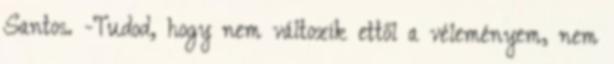
Santos. -Tudod, hogy nem változik ettől a véleményem, nem